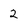
Character: 2